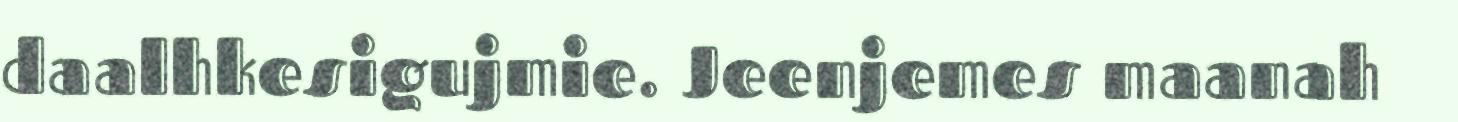
daalhkesigujmie. Jeenjemes maanah